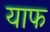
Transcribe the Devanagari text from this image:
याफ